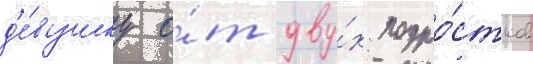
д'е́вушку о́т дву́х подро́стков